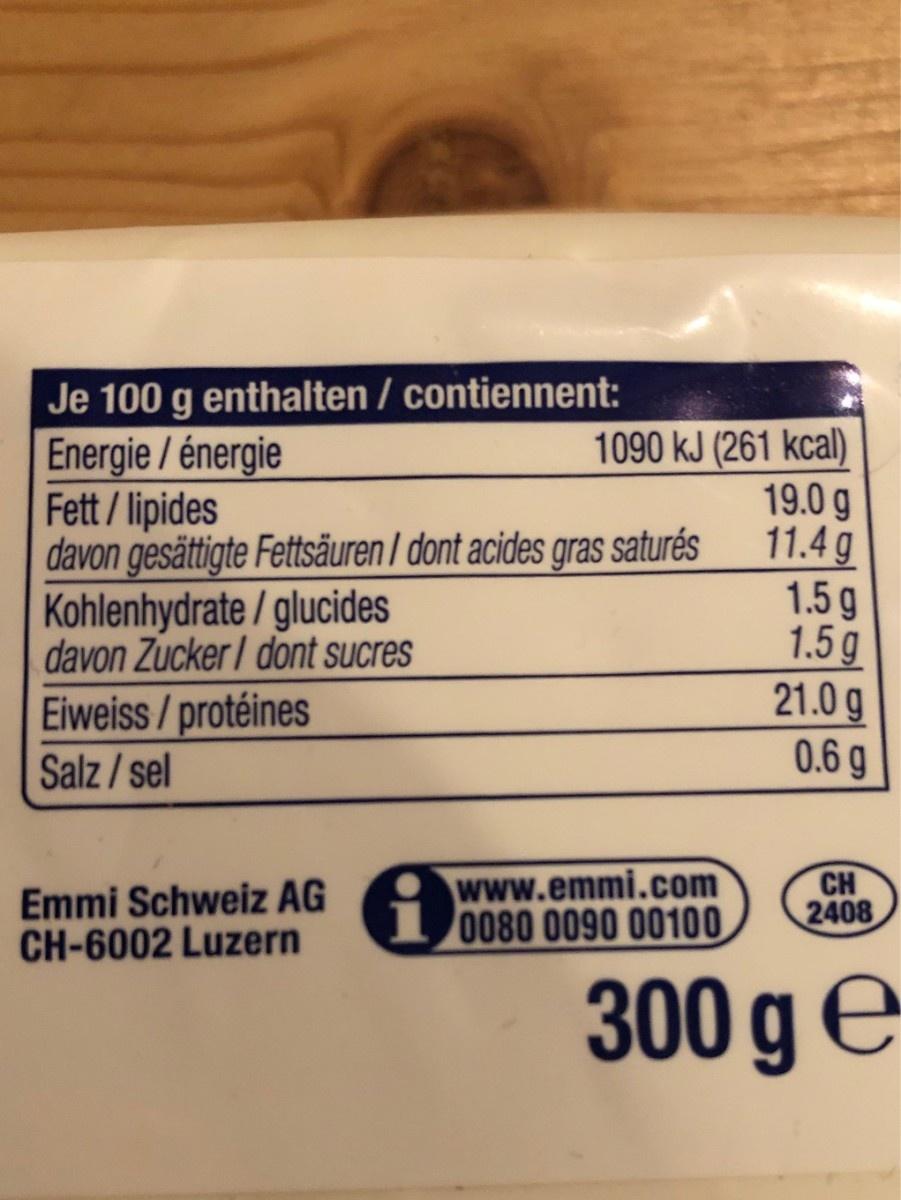
Je 100 g enthalten / contiennent: Energie / énergie Fett / lipides davon gesättigte Fettsäuren I dont acides gras saturés Kohlenhydrate / glucides davon Zucker I dont sucres 1090 kJ (261 kcal) 19.0 g 11.4 g 1.5 g 1.5g 21.0g 0.6 g Eiweiss/protéines Salz / sel www.emmi.com 008O 0090 00100 CH 2408 Emmi Schweiz AG CH-6002 Luzern 300 g E